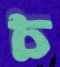
চ